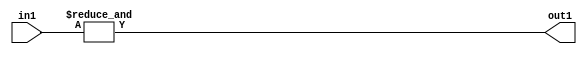
`timescale 1ps / 1ps
/*****************************************************************************
    Verilog RTL Description
    
    
    Created by: Stratus DpOpt 2019.1.01 
*******************************************************************************/

module st_feature_addr_gen_AndReduction_2S_1U_4_0 (
	in1,
	out1
	); /* architecture "behavioural" */ 
input [1:0] in1;
output  out1;
wire  asc001;

assign asc001 = 
	(&in1);

assign out1 = asc001;
endmodule

/* CADENCE  urb4TgE= : u9/ySgnWtBlWxVPRXgAZ4Og= ** DO NOT EDIT THIS LINE ******/